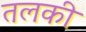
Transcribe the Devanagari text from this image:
तलकी